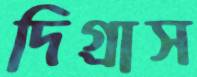
দিগ্রাস